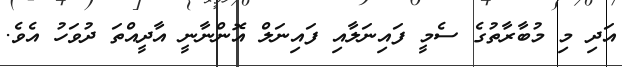
އަދި މި މުބާރާތުގެ ސެމީ ފައިނަލާއި ފައިނަލް އޮންނާނީ އާދީއްތަ ދުވަހު އެވެ.